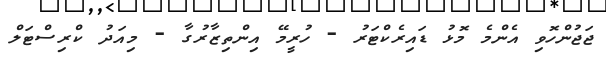
ޖަޖުންހޮވި އެންމެ މޮޅު ޑައިރެކްޓަރު - ހުރީމޭ އިންތިޒާރުގާ - މިއަދު ކްރިސްޓަލް